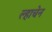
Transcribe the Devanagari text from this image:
ल्हाचेन